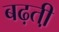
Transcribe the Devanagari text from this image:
बढ़ती़